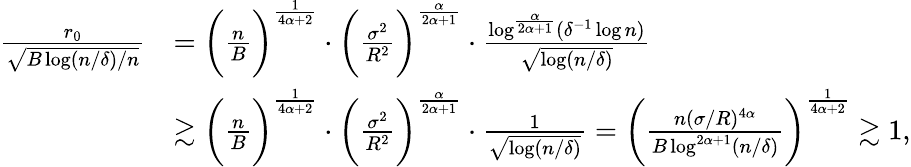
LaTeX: \begin{array}{rl}{\frac{r_{0}}{\sqrt{B\log(n/\delta)/n}}}&{=\bigg(\frac{n}{B}\bigg)^{\frac{1}{4\alpha+2}}\cdot\bigg(\frac{\sigma^{2}}{R^{2}}\bigg)^{\frac{\alpha}{2\alpha+1}}\cdot\frac{\log^{\frac{\alpha}{2\alpha+1}}(\delta^{-1}\log n)}{\sqrt{\log(n/\delta)}}}\\ &{\gtrsim\bigg(\frac{n}{B}\bigg)^{\frac{1}{4\alpha+2}}\cdot\bigg(\frac{\sigma^{2}}{R^{2}}\bigg)^{\frac{\alpha}{2\alpha+1}}\cdot\frac{1}{\sqrt{\log(n/\delta)}}=\bigg(\frac{n(\sigma/R)^{4\alpha}}{B\log^{2\alpha+1}(n/\delta)}\bigg)^{\frac{1}{4\alpha+2}}\gtrsim 1,}\end{array}